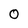
Character: 0